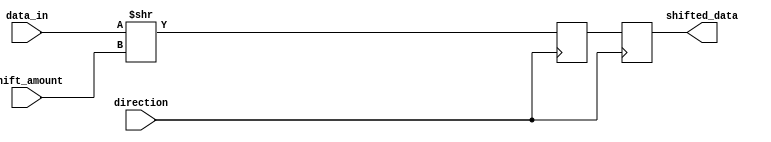
module barrel_shifter(
    input wire [7:0] data_in,
    input wire [2:0] shift_amount,
    input wire direction,
    output reg [7:0] shifted_data
);

reg [7:0] shifted_data_temp;

always @ (posedge direction)
begin
    if(direction) //shift right
        shifted_data_temp = data_in >> shift_amount;
    else //shift left
        shifted_data_temp = data_in << shift_amount;
end

always @ (posedge direction)
begin
    shifted_data <= shifted_data_temp;
end

endmodule